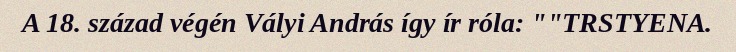
A 18. század végén Vályi András így ír róla: ""TRSTYENA.